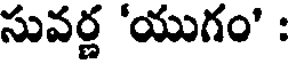
సువర్ణ 'యుగం' :